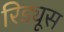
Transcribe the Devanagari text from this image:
रिड्यूस